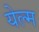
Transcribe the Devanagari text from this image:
येल्म